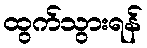
ထွက်သွားရန်